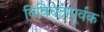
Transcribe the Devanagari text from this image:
विविधतापूर्वक